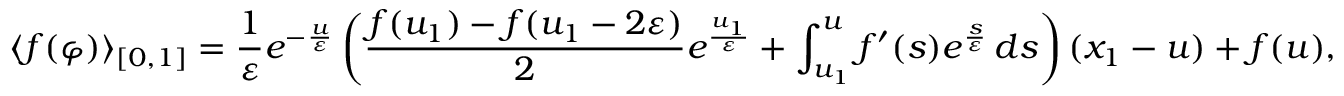
\langle f ( \varphi ) \rangle _ { [ 0 , 1 ] } = \frac { 1 } { \varepsilon } e ^ { - \frac { u } { \varepsilon } } \left( \frac { f ( u _ { 1 } ) - f ( u _ { 1 } - 2 \varepsilon ) } { 2 } e ^ { \frac { u _ { 1 } } { \varepsilon } } + \int _ { u _ { 1 } } ^ { u } f ^ { \prime } ( s ) e ^ { \frac { s } { \varepsilon } } \, d s \right) ( x _ { 1 } - u ) + f ( u ) ,